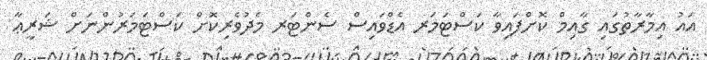
އައު އިމާރާތުގައި ގާއިމް ކޮށްފައިވާ ކަސްޓަމަރ އެޑްވައިސް ސެންޓަރ މެދުވެރިކޮށް ކަސްޓަމަރުންނަށް ޝަރީޢާ